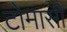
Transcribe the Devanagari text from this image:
टोमासी